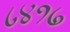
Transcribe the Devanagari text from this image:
८४१७